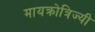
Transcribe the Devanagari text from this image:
मायक्रोत्रिज्यी